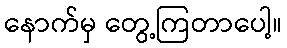
နောက်မှ တွေ့ကြတာပေါ့။